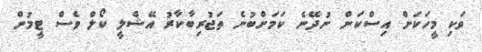
ވަކި މީހަކަށް އިސްކަން ނުދޭނެ ކަމަށްބުނެ ތަޖުރިބާކާރު އޭޝްލީ ކޯލް ވެސް ޓީމުން